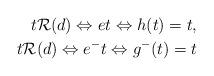
LaTeX: \begin{align*} t \mathcal R(d) \Leftrightarrow e t \Leftrightarrow h(t) = t, \\ t \mathcal R(d) \Leftrightarrow e^- t \Leftrightarrow g^-(t) = t\end{align*}